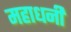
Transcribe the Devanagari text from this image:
महाधनी